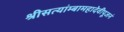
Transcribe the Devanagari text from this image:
श्रीसत्यांम्बामहादेवीपूजनं